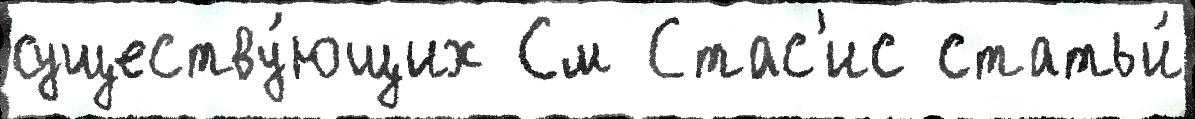
существу́ющих См Стас'ис статьи́